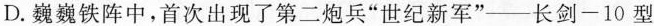
D.巍巍铁阵中，首次出现了第二炮兵”世纪新军”——长剑-10型